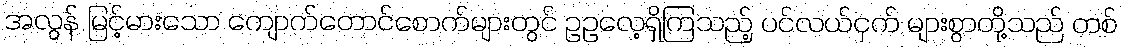
အလွန် မြင့်မားသော ကျောက်တောင်စောက်များတွင် ဥဥလေ့ရှိကြသည့် ပင်လယ်ငှက် များစွာတို့သည် တစ်